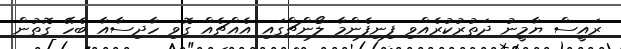
ރައީސް ޔާމީނު ދަތުރުކުރެއްވި ފިނިފެންމާ ލޯންޗްގައި އެއްޗެއް ގޮވި ހާދިސާއާ ބެހޭ ގޮތުން